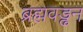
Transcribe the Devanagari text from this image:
ब्रह्मवड्ढन